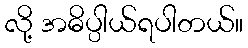
လို့ အဓိပ္ပါယ်ရပါတယ်။